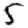
Digit: 5